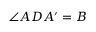
\angle A D A ^ { \prime } = B